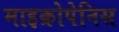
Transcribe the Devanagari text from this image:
माइक्रोपेनिस